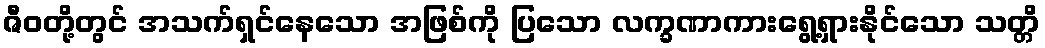
ဇီဝတို့တွင် အသက်ရှင်နေသော အဖြစ်ကို ပြသော လက္ခဏာကားရွေ့ရှားနိုင်သော သတ္တိ